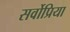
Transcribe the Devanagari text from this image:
सर्वोप्रिया